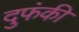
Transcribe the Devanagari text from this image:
दुफंकी